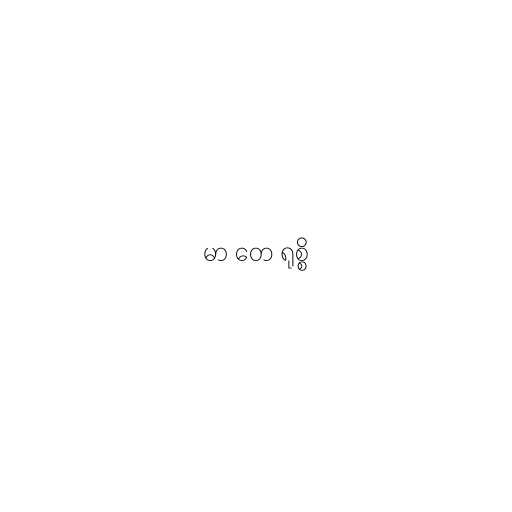
မာ တေ ရုစ္စိ